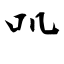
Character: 叽